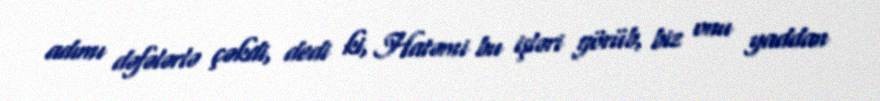
adımı dəfələrlə çəkdi, dedi ki, Hatəmi bu işləri görüb, biz onu yaddan